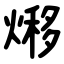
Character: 熪